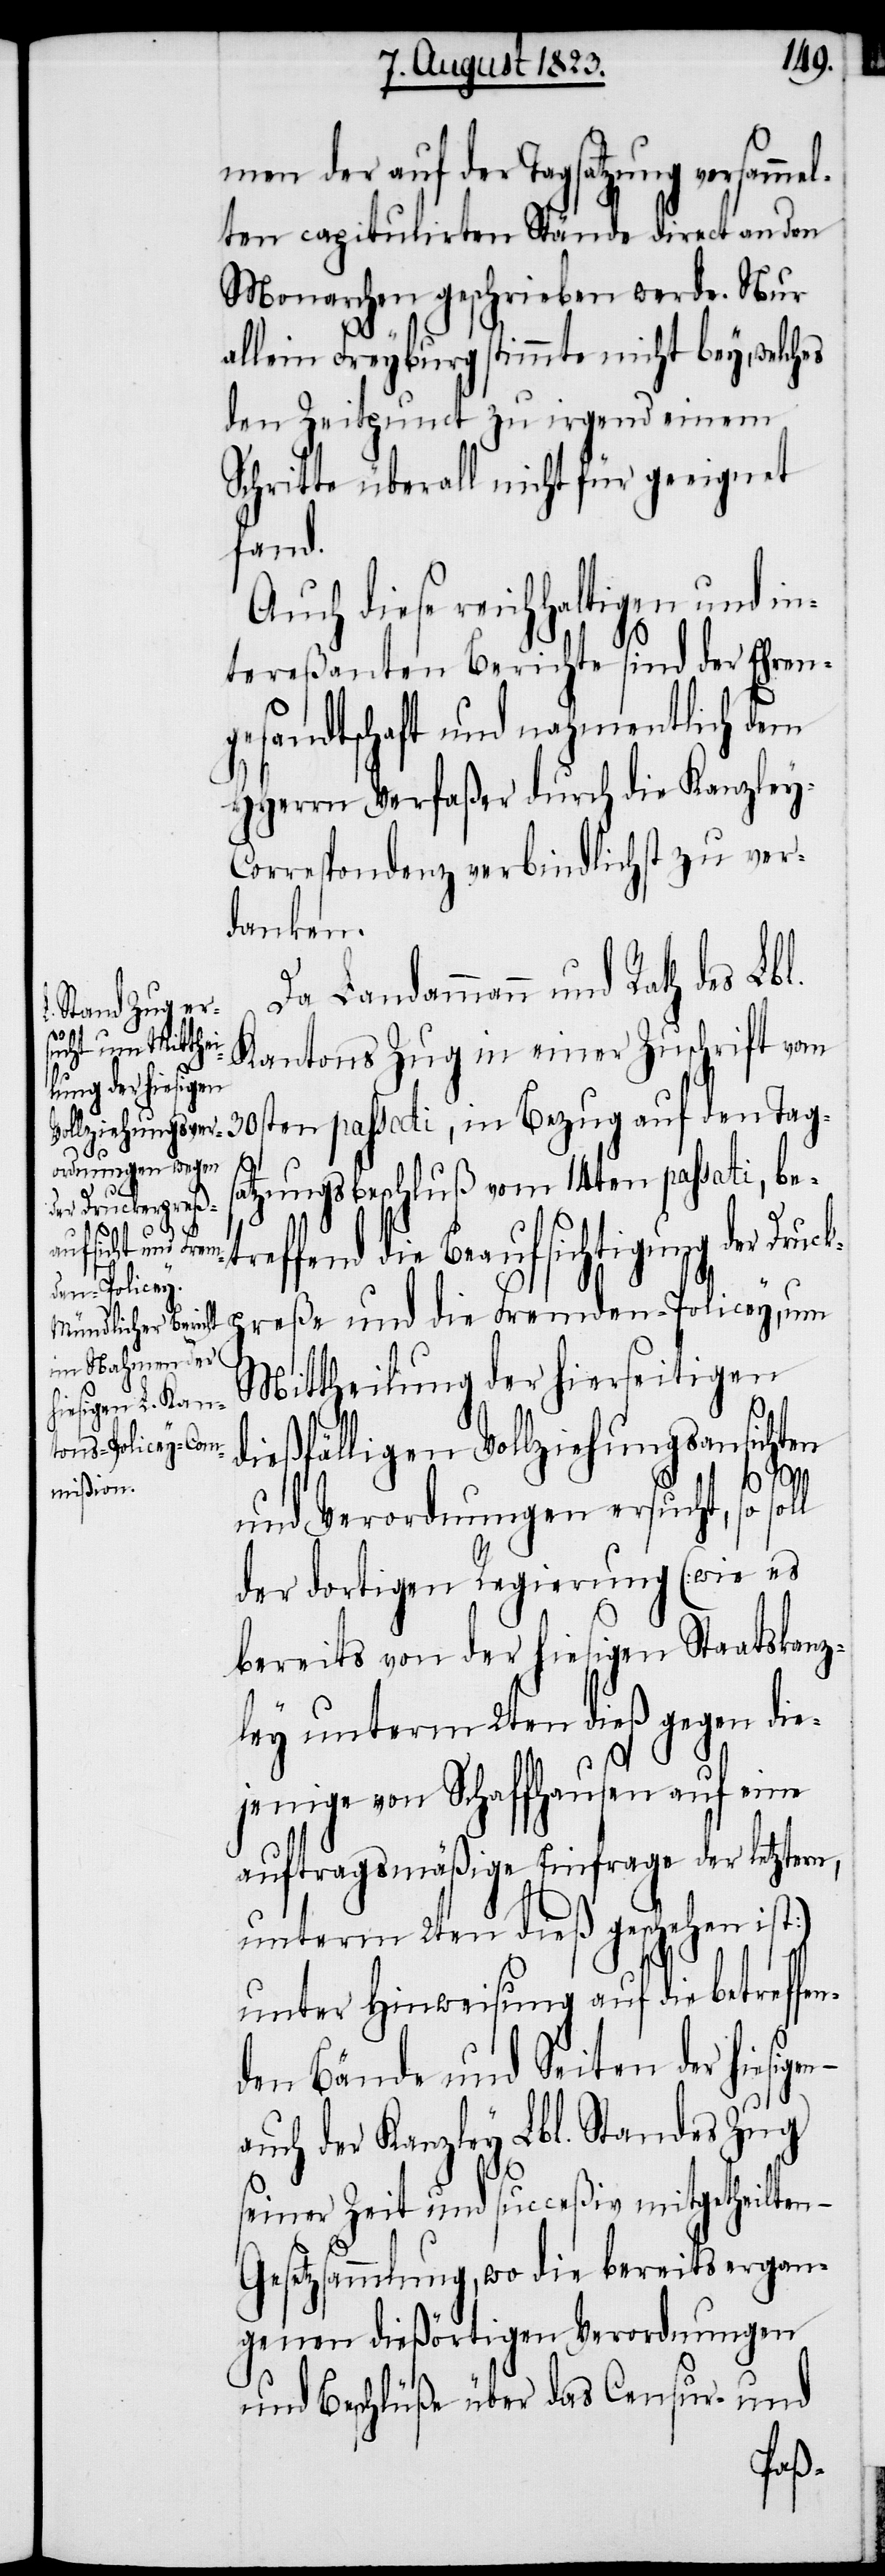
men der auf der Tagsatzung versamme¬
lten capitulirten Stände direct an den
Monarchen geschrieben werde. Nur
allein Freyburg stimmte nicht bey, welches
den Zeitpunct zu irgend einem
Schritte überall nicht für geeignet
fand.
Auch diese reichhaltigen und in¬
tereßanten Berichte sind der Ehren¬
gesandtschaft und nahmentlich dem
HHerrn Verfaßer durch die Kanzley-C¬
orrespondenz verbindlichst zu ver¬
danken.
Da Landammann und Rath des Lbl.
Kantons Zug in einer Zuschrift vom
30sten passati, in Bezug auf den Tags¬
l
atzungsbeschluß vom 14ten passati, betr¬
effend die Beaufsichtigung der Dru¬
reße und die Fremden-Policey, um
Mittheilung der hierseitigen
ießfälligen Vollziehungsansichten
und Verordnungen ersucht, so sol¬
der dortigen Regierung [wie es
bereits von der hiesigen Staatskanz¬
ley unterm 2ten dieß gegen die¬
jenige von Schaffhausen auf eine
auftragsmäßige Einfrage der letztern,
unterm 2ten dieß geschehen ist]
unter Hinweisung auf die betreffe¬
nden Bände und Seiten der hiesigen
auch der Kanzley Lbl. Standes Zug
seiner Zeit und succeßiv mitgetheilten –
Gesetzsammlung, wo die bereits ergan¬
genen dießörtigen Verordnungen
und Beschlüße über das Censur- und